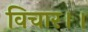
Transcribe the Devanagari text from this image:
विचार।।